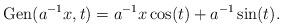
LaTeX: \begin{align*} {\rm Gen}(a^{-1}x,t) = a^{-1} x \cos (t) + a^{-1} \sin(t).\end{align*}